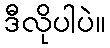
ဒီလိုပါပဲ။